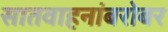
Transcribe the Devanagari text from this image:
सातवाहनांबरोबर